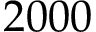
2 0 0 0